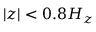
| z | < 0 . 8 H _ { z }